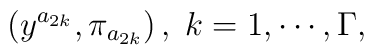
\left( y^{a_{2k}},\pi _{a_{2k}}\right) ,\;k=1,\cdots ,\Gamma ,